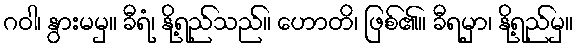
ဂဝါ၊ နွားမမှ။ ခီရံ၊ နို့ရည်သည်။ ဟောတိ၊ ဖြစ်၏။ ခီရမှာ၊ နို့ရည်မှ။